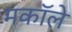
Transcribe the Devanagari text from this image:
मकॉले